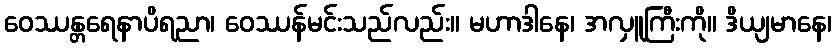
ဝေဿန္တရေနာပိရညာ၊ ဝေဿန်မင်းသည်လည်း။ မဟာဒါနေ၊ အလှူကြီးကို။ ဒိယျမာနေ၊